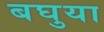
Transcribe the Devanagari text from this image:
बघुया